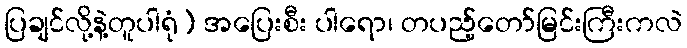
ပြချင်လို့နဲ့တူပါရုံ) အပြေးစီး ပါရော၊ တပည့်တော်မြင်းကြီးကလဲ